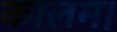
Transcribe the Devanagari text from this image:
कालम।